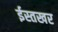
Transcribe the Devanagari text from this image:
ईस्तखर